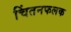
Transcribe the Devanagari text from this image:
चिंतनफलक